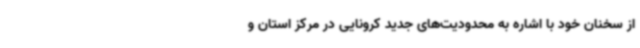
از سخنان خود با اشاره به محدودیت‌های جدید کرونایی در مرکز استان و